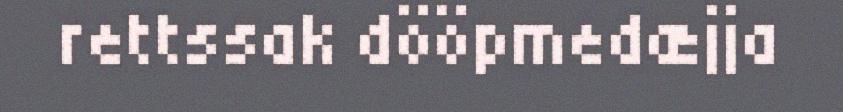
rettssak dööpmedæjja